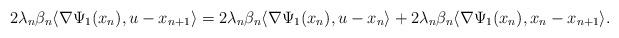
LaTeX: \begin{align*}2\lambda_n\beta_n\langle\nabla\Psi_1( x_n),u- x_{n+1}\rangle=2\lambda_n\beta_n\langle\nabla\Psi_1( x_n),u- x_n\rangle+2\lambda_n\beta_n\langle\nabla\Psi_1( x_n),x_n- x_{n+1}\rangle.\end{align*}